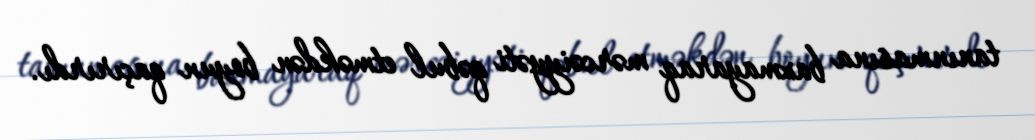
tanınmasına baxmayaraq mərcəiyyəti qəbul etməkdən boyun qaçırırdı.